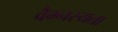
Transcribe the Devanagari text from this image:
वैम्नस्यता